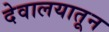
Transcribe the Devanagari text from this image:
देवालयातून